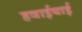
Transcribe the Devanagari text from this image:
हवाईयाई